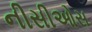
નીસીઓસ